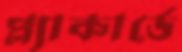
প্ল্যাকার্ডে